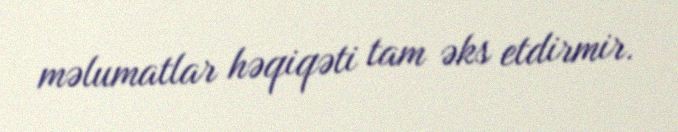
məlumatlar həqiqəti tam əks etdirmir.